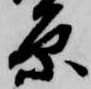
原